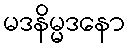
မဒနိမ္မဒနော